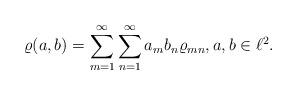
LaTeX: \begin{align*} \varrho(a,b)=\sum_{m=1}^\infty\sum_{n=1}^\infty a_m b_n \varrho_{mn}, a,b \in \ell^2.\end{align*}